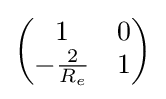
{\begin{pmatrix}1&0\\-{\frac {2}{R_{e}}}&1\end{pmatrix}}